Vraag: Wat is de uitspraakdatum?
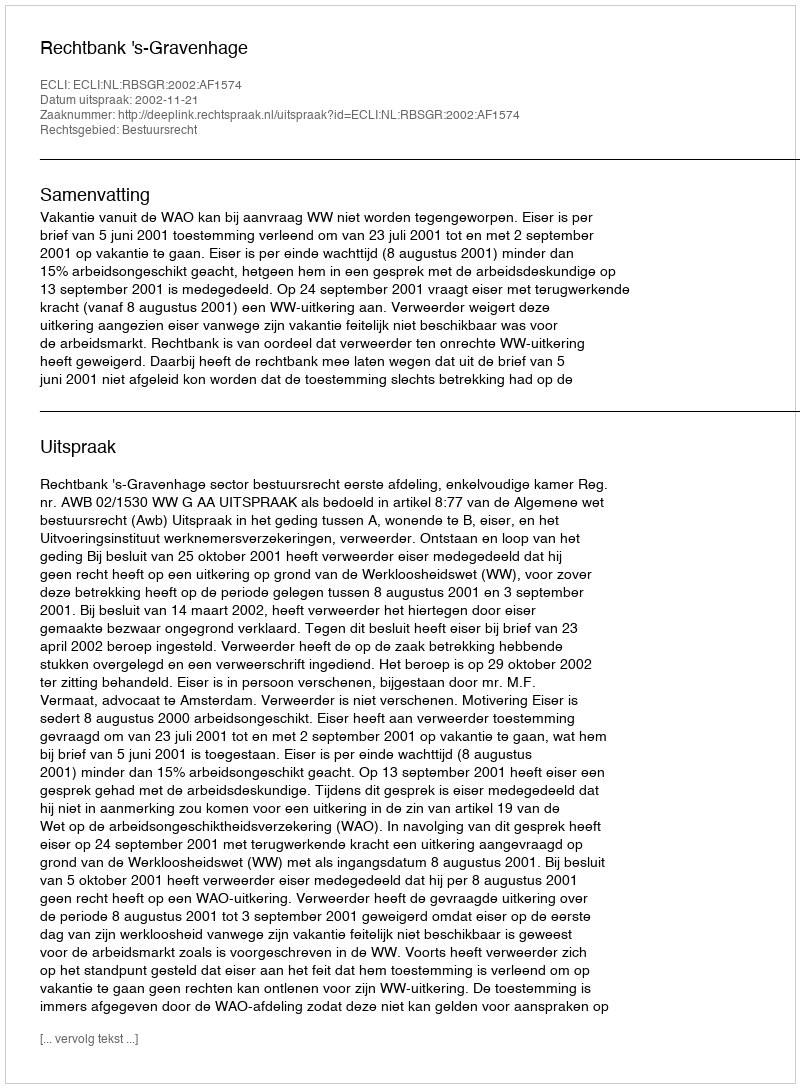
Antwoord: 2002-11-21